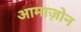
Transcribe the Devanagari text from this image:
आमाज़ोन